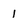
Character: 1